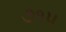
૭૧૫